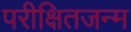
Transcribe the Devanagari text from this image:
परीक्षितजन्म